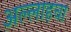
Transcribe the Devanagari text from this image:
अल्लाहचा